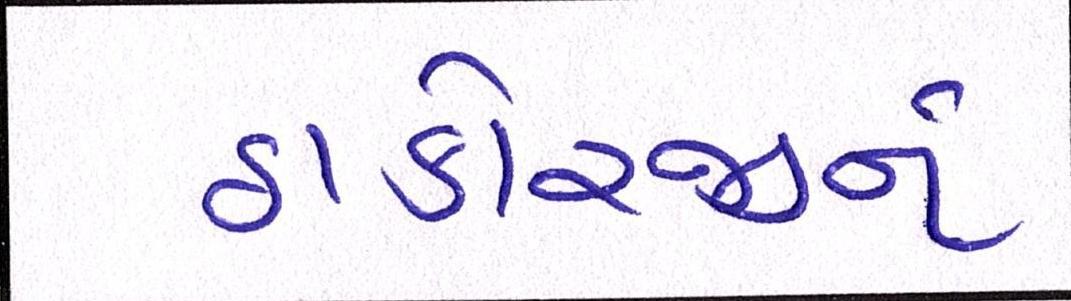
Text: ઠાકોરજીને